Madras plague regulations in force outside the Presidency town - Volume 1
Disease focus: Plague
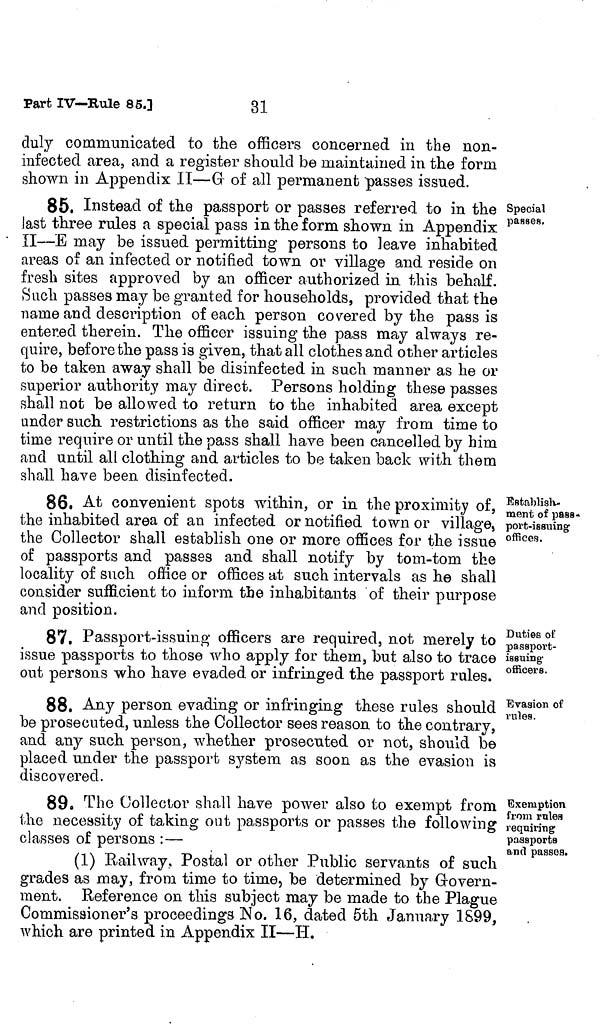
31
Part IV—Rule 85.]
duly communicated to the officers concerned in the non-
infected area, and a register should be maintained in the form
shown in Appendix II—G of all permanent passes issued.
Special
passes.
85. Instead of the passport or passes referred to in the
last three rules a special pass in the form shown in Appendix
II—E may be issued permitting persons to leave inhabited
areas of an infected or notified town or village and reside on
fresh sites approved by an officer authorized in this behalf.
Such passes may be granted for households, provided that the
name and description of each person covered by the pass is
entered therein. The officer issuing the pass may always re-
quire, before the pass is given, that all clothes and other articles
to be taken away shall be disinfected in such manner as he or
superior authority may direct. Persons holding these passes
shall not be allowed to return to the inhabited area except
under such restrictions as the said officer may from time to
time require or until the pass shall have been cancelled by him
and until all clothing and articles to be taken back with them
shall have been disinfected.
Establish-
ment of pass-
port-issuing:
offices.
86. At convenient spots within, or in the proximity of,
the inhabited area of an infected or notified town or village,
the Collector shall establish one or more offices for the issue
of passports and passes and shall notify by tom-tom the
locality of such office or offices at such intervals as he shall
consider sufficient to inform the inhabitants of their purpose
and position.
Duties of
passport-
issuing-
officers.
87. Passport-issuing officers are required, not merely to
issue passports to those who apply for them, but also to trace
out persons who have evaded or infringed the passport rules.
Evasion of
rules.
88. Any person evading or infringing these rules should
be prosecuted, unless the Collector sees reason to the contrary,
and any such person, whether prosecuted or not, should be
placed under the passport system as soon as the evasion is
discovered.
Exemption
from rules
requiring
passports
and passes.
89. The Collector shall have power also to exempt from
the necessity of taking out passports or passes the following
classes of persons :—
(1) Railway, Postal or other Public servants of such
grades as may, from time to time, be determined by Govern-
ment. Reference on this subject may be made to the Plague
Commissioner's proceedings No. 16, dated 5th January 1S99,
which are printed in Appendix II—H.